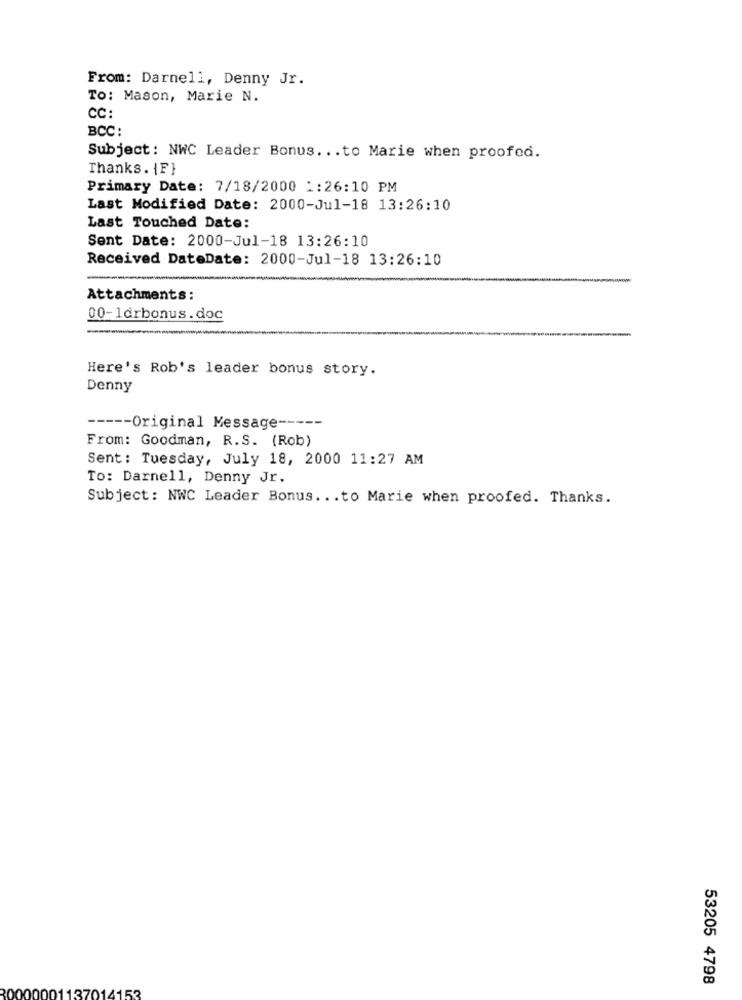
From: Darnell, Denny Jr.
To: Mason, Marie N.
CC:
BCC:
Subject: NWC Leader Bonus ... to Marie when proofed.
Thanks . {F}
Primary Date: 7/18/2000 1:26:10 PM
Last Modified Date: 2000-Jul-18 13:26:10
Last Touched Date:
Sent Date: 2000-Jul-18 13:26:10
Received DateDate: 2000-Jul-18 13:26:10
Attachments:
00-ldrbonus.doc
Here's Rob's leader bonus story.
Denny
----- Original Message -----
From: Goodman, R.S. (Rob)
Sent: Tuesday, July 18, 2000 11:27 AM
To: Darnell, Denny Jr.
Subject: NWC Leader Bonus ... to Marie when proofed. Thanks.
53205 4798